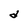
Character: d